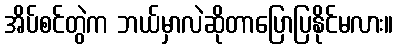
အိပ်စင်တွဲက ဘယ်မှာလဲဆိုတာပြောပြနိုင်မလား။